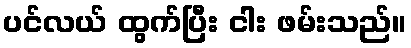
ပင်လယ် ထွက်ပြီး ငါး ဖမ်းသည်။